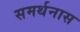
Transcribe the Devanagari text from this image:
समर्थनास